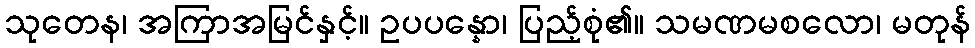
သုတေန၊ အကြာအမြင်နှင့်။ ဥပပန္နော၊ ပြည့်စုံ၏။ သမဏမစလော၊ မတုန်